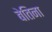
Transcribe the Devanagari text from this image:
बेतिना